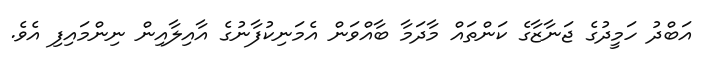
އަބްދު ހަމީދުގެ ޖަނާޒާގެ ކަންތައް މާދަމާ ބާއްވަން އެމަނިކުފާނުގެ އާއިލާއިން ނިންމައިފި އެވެ.